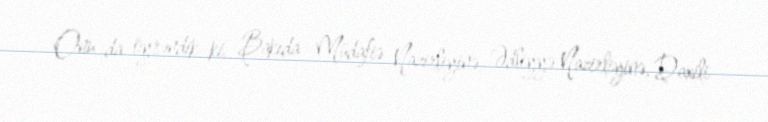
Onu da öyrəndik ki, Bakıda Müdafiə Nazirliyinə, Ədliyyə Nazirliyinə, Daxili